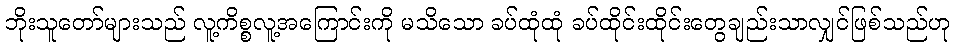
ဘိုးသူတော်များသည် လူ့ကိစ္စလူ့အကြောင်းကို မသိသော ခပ်ထုံထုံ ခပ်ထိုင်းထိုင်းတွေချည်းသာလျှင်ဖြစ်သည်ဟု